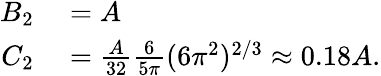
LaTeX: \begin{array}{rl}{B_{2}}&{{}=A}\\ {C_{2}}&{{}=\frac{A}{32}\frac{6}{5\pi}(6\pi^{2})^{2/3}\approx 0.18A.}\end{array}